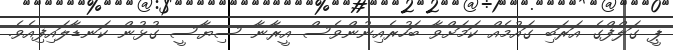
ޕީ ގަލްފްގެ އަރަބި ގައުމެއް ކަމަށްވާ ބަހުރެއިނުންވެސް އީރާނާ ސިޔާސީ ގުޅުން ކަނޑާލައިފިއެވެ.